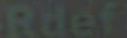
Rdef